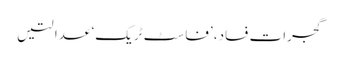
گجرات فساد، ’فاسٹ ٹریک‘ عدالتیں